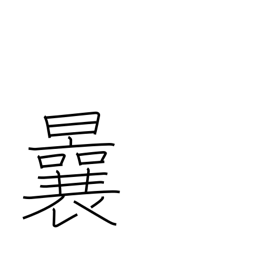
Meaning: before